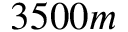
3 5 0 0 m